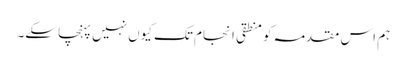
ہم اس مقدمہ کو منطقی انجام تک کیوں نہیں پہنچا سکے۔